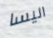
اليسا